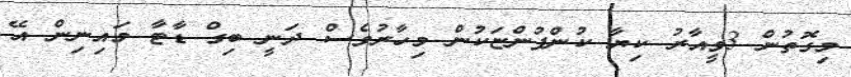
މިގޮތުން 3ވީއާރު ކިޔާ ކުންފުންޏަކުން މިހާރުވެސް ދަނީ ބިގް ޑާޓާ މައިނިން އޭ